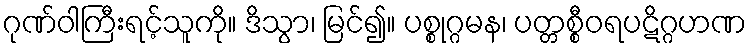
ဂုဏ်ဝါကြီးရင့်သူကို။ ဒိသွာ၊ မြင်၍။ ပစ္စုဂ္ဂမန၊ ပတ္တစ္စီဝရပဋိဂ္ဂဟဏ